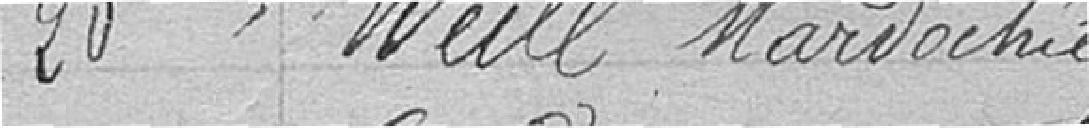
20. WEILL, Mardochée